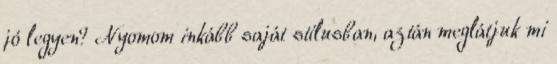
jó legyen? Nyomom inkább saját stílusban, aztán meglátjuk mi